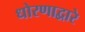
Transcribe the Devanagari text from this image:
धोरणाद्वारे